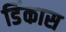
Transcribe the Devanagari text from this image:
डिंकास